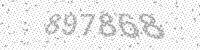
Solution: 897868